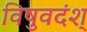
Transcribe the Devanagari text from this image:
विषुवदंश्